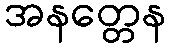
အနတ္တေန